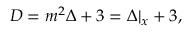
D = m ^ { 2 } \Delta + 3 = \Delta \vert _ { x } + 3 ,